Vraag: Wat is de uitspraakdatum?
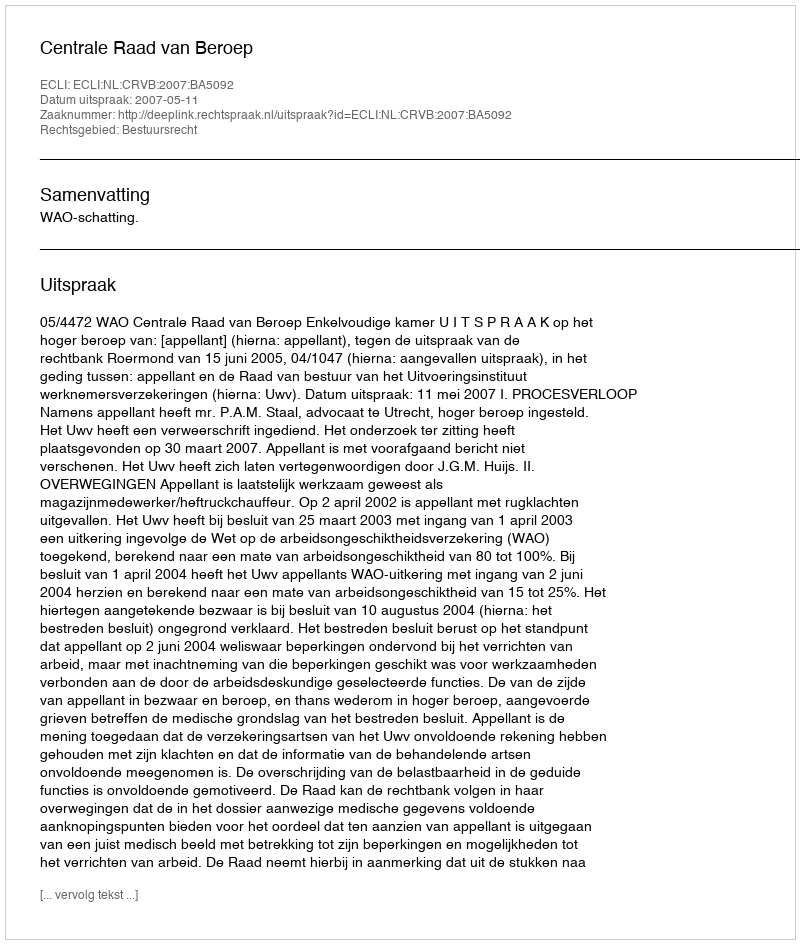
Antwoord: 2007-05-11